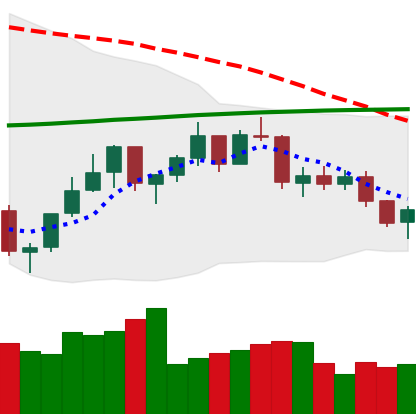
Ticker: ETH-USD
Chart end date: 2021-07-14
Forward return: -8.877%
Label: down_7plus